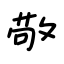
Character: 敬